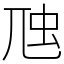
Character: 虺